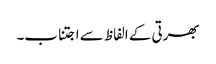
بھرتی کے الفاظ سے اجتناب۔